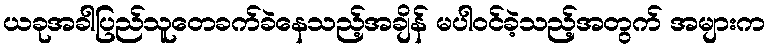
ယခုအခါပြည်သူတေခက်ခဲနေသည့်အချိန် မပါဝင်ခဲ့သည့်အတွက် အများက